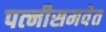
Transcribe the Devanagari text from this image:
पत्‍नीसमवेत